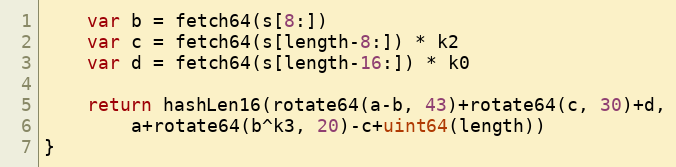
Language: Go
	var b = fetch64(s[8:])
	var c = fetch64(s[length-8:]) * k2
	var d = fetch64(s[length-16:]) * k0

	return hashLen16(rotate64(a-b, 43)+rotate64(c, 30)+d,
		a+rotate64(b^k3, 20)-c+uint64(length))
}